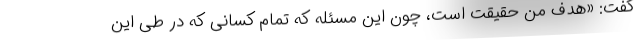
گفت: «هدف من حقیقت است، چون این مسئله که تمام کسانی که در طی این